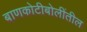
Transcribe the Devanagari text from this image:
बाणकोटीबोलींतील